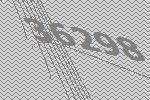
36298